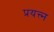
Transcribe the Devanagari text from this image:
प्रयत्त्‍न